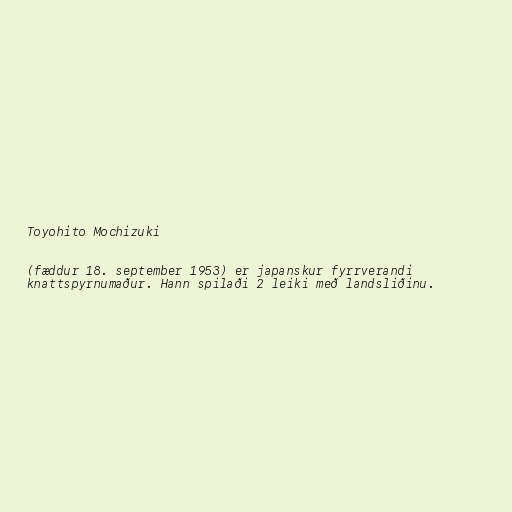
Toyohito Mochizuki

(fæddur 18. september 1953) er japanskur fyrrverandi
knattspyrnumaður. Hann spilaði 2 leiki með landsliðinu.